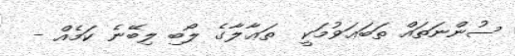
ސުންނަތައް ތަބަޢަވުމަކީ  ތަޢާލާގެ ލޯބި ލިބޭނެ ކަމެއް -